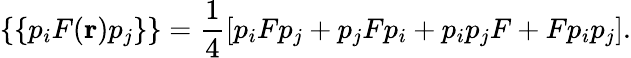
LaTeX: \{ \{ p_{i}F({\mathbf r})p_{j}\} \} =\frac{1}{4}\left[p_{i}Fp_{j}+p_{j}Fp_{i}+p_{i}p_{j}F+Fp_{i}p_{j}\right].